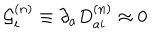
LaTeX: { \cal G } _ { i } ^ { ( n ) } \equiv \partial _ { a } D _ { a i } ^ { ( n ) } \approx 0